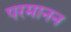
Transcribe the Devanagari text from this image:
परमानन